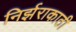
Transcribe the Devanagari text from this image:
निर्झराकाठी